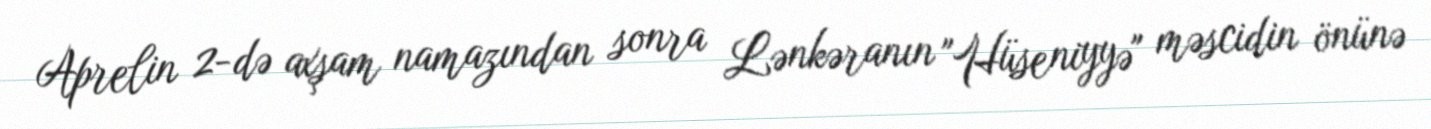
Aprelin 2-də axşam namazından sonra Lənkəranın "Hüseniyyə" məscidin önünə